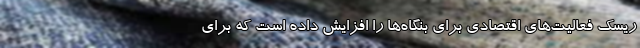
ریسک فعالیت‌های اقتصادی برای بنگاه‌ها را افزایش داده است که برای